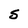
Character: S